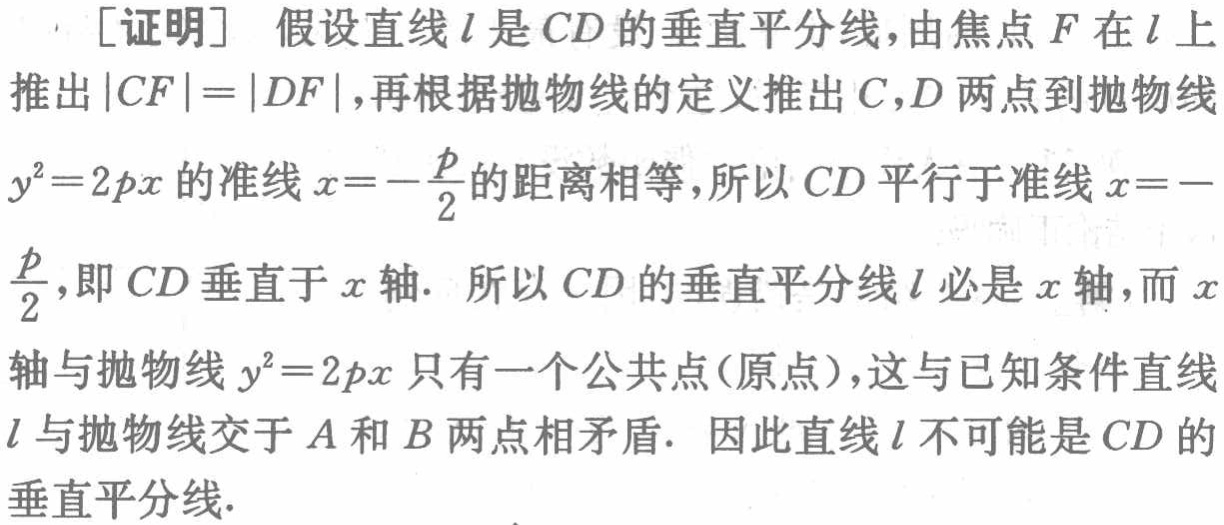
[证明] 假设直线\(l\)是\(CD\)的垂直平分线，由焦点\(F\)在\(l\)上推出\(\vert CF\vert=\vert DF\vert\)，再根据抛物线的定义推出\(C,D\)两点到抛物线\(y^{2}=2px\)的准线\(x = -\frac{p}{2}\)的距离相等，所以\(CD\)平行于准线\(x = -\frac{p}{2}\)，即\(CD\)垂直于\(x\)轴. 所以\(CD\)的垂直平分线\(l\)必是\(x\)轴，而\(x\)轴与抛物线\(y^{2}=2px\)只有一个公共点(原点)，这与已知条件直线\(l\)与抛物线交于\(A\)和\(B\)两点相矛盾. 因此直线\(l\)不可能是\(CD\)的垂直平分线.